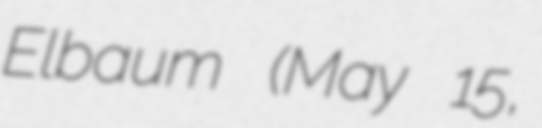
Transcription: Elbaum (May 15,